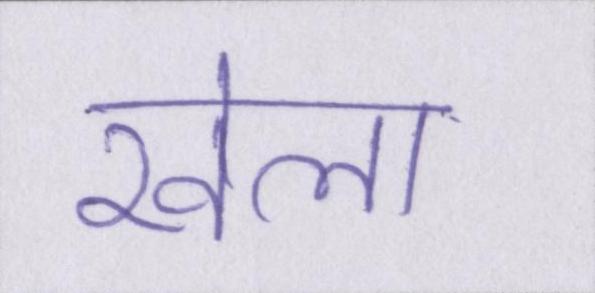
खेला